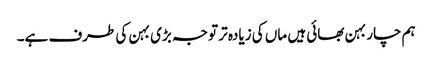
ہم چار بہن بھائی ہیں ماں کی زیادہ تر توجہ بڑی بہن کی طرف ہے۔